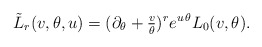
\begin{align*}\tilde L_r(v,\theta,u)=(\partial_\theta+\tfrac{v}{\theta})^re^{u\,\theta}L_0(v,\theta).\end{align*}